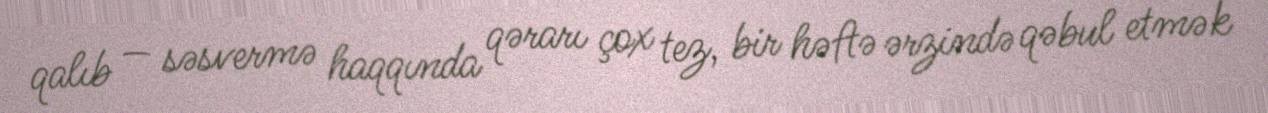
qalıb — səsvermə haqqında qərarı çox tez, bir həftə ərzində qəbul etmək